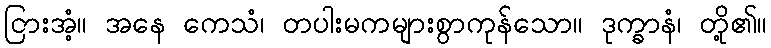
ငြားအံ့။ အနေ ကေသံ၊ တပါးမကများစွာကုန်သော။ ဒုက္ခာနံ၊ တို့၏။